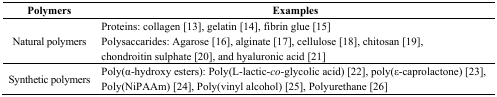
| Polymers | Examples |
 | --- | --- |
 | Natural polymers | Proteins: collagen [13], gelatin [14], fibrin glue [15]Polysaccarides: Agarose [16], alginate [17], cellulose [18], chitosan [19], chondroitin sulphate [20], and hyaluronic acid [21] |
 | Synthetic polymers | poly(α-hydroxy esters): Poly(L-lactic-co-glycolic acid) [22], poly(ε-caprolactone) [23], Poly(NiPAAm) [24], poly(vinyl alcohol) [25], Polyurethane [26] |